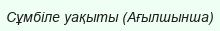
Сұмбіле уақыты (Ағылшынша)